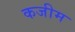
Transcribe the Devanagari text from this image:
कजीम